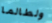
ولطالما